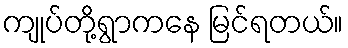
ကျုပ်တို့ရွာကနေ မြင်ရတယ်။